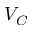
V _ { C }